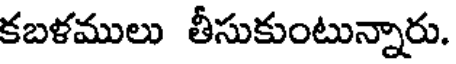
కబళములు తీసుకుంటున్నారు.